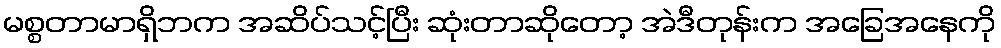
မစ္စတာမာရှိဘက အဆိပ်သင့်ပြီး ဆုံးတာဆိုတော့ အဲဒီတုန်းက အခြေအနေကို